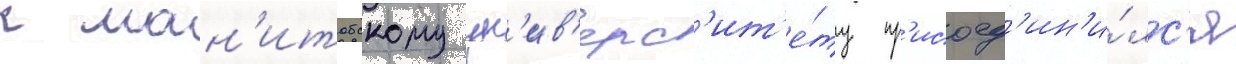
к ман'итобскому ун'ив'ерс'ит'е́ту пр'исоед'ин'и́лс'я